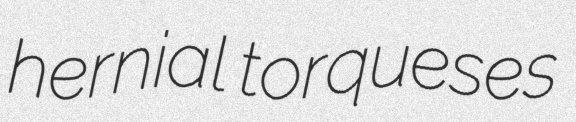
hernial torqueses